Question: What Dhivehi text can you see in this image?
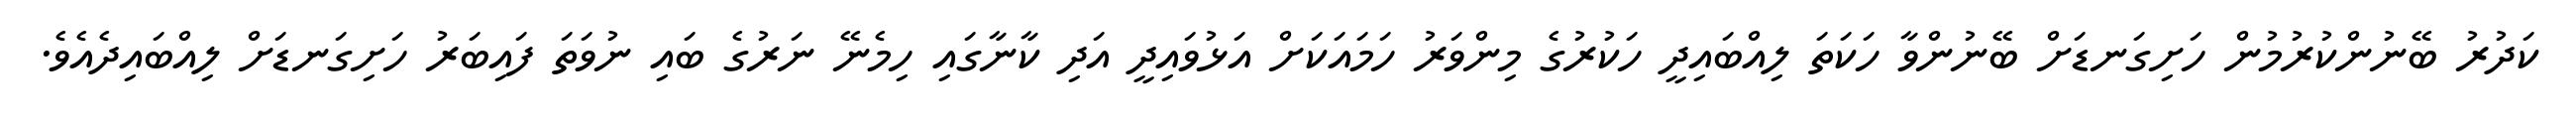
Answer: ކަދުރު ބޭނުންކުރުމުން ހަށިގަނޑަށް ބޭނުންވާ ހަކަތަ ލިއްބައިދީ ހަކުރުގެ މިންވަރު ހަމައަކަށް އަޅުވައިދީ އަދި ކާނާގައި ހިމެނޭ ނަރުގެ ބައި ނުވަތަ ފައިބަރު ހަށިގަނޑަށް ލިއްބައިދެއެވެ.